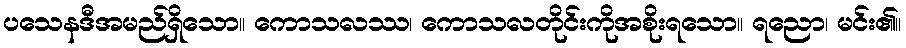
ပသေနဒီအမည်ရှိသော။ ကောသလဿ၊ ကောသလတိုင်းကိုအစိုးရသော။ ရညော၊ မင်း၏။